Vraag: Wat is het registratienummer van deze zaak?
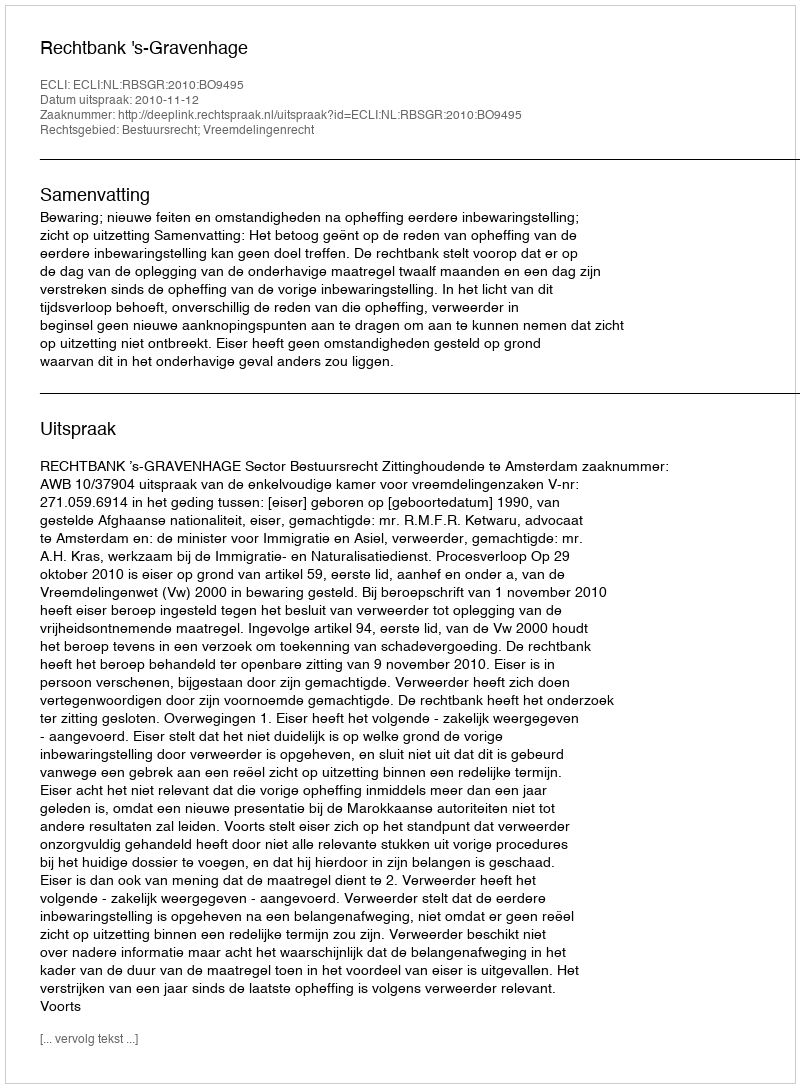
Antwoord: http://deeplink.rechtspraak.nl/uitspraak?id=ECLI:NL:RBSGR:2010:BO9495